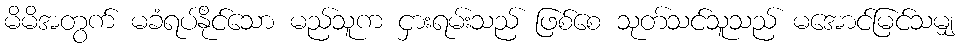
မိမိအတွက် မခံရပ်နိုင်သော မည်သူက ငှားရမ်းသည် ဖြစ်စေ သုတ်သင်သူသည် မအောင်မြင်သမျှ